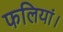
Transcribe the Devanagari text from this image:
फलियां।